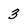
Character: 3